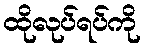
ထိုလုပ်ရပ်ကို